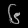
Digit: ၆